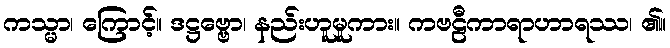
ကသ္မာ၊ ကြောင့်။ ဒဋ္ဌဗ္ဗော၊ နည်းဟူမူကား။ ကဗဠီကာရာဟာရဿ၊ ၏။